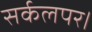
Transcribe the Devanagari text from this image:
सर्कलपर।